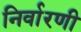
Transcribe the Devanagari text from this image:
निर्वारणी